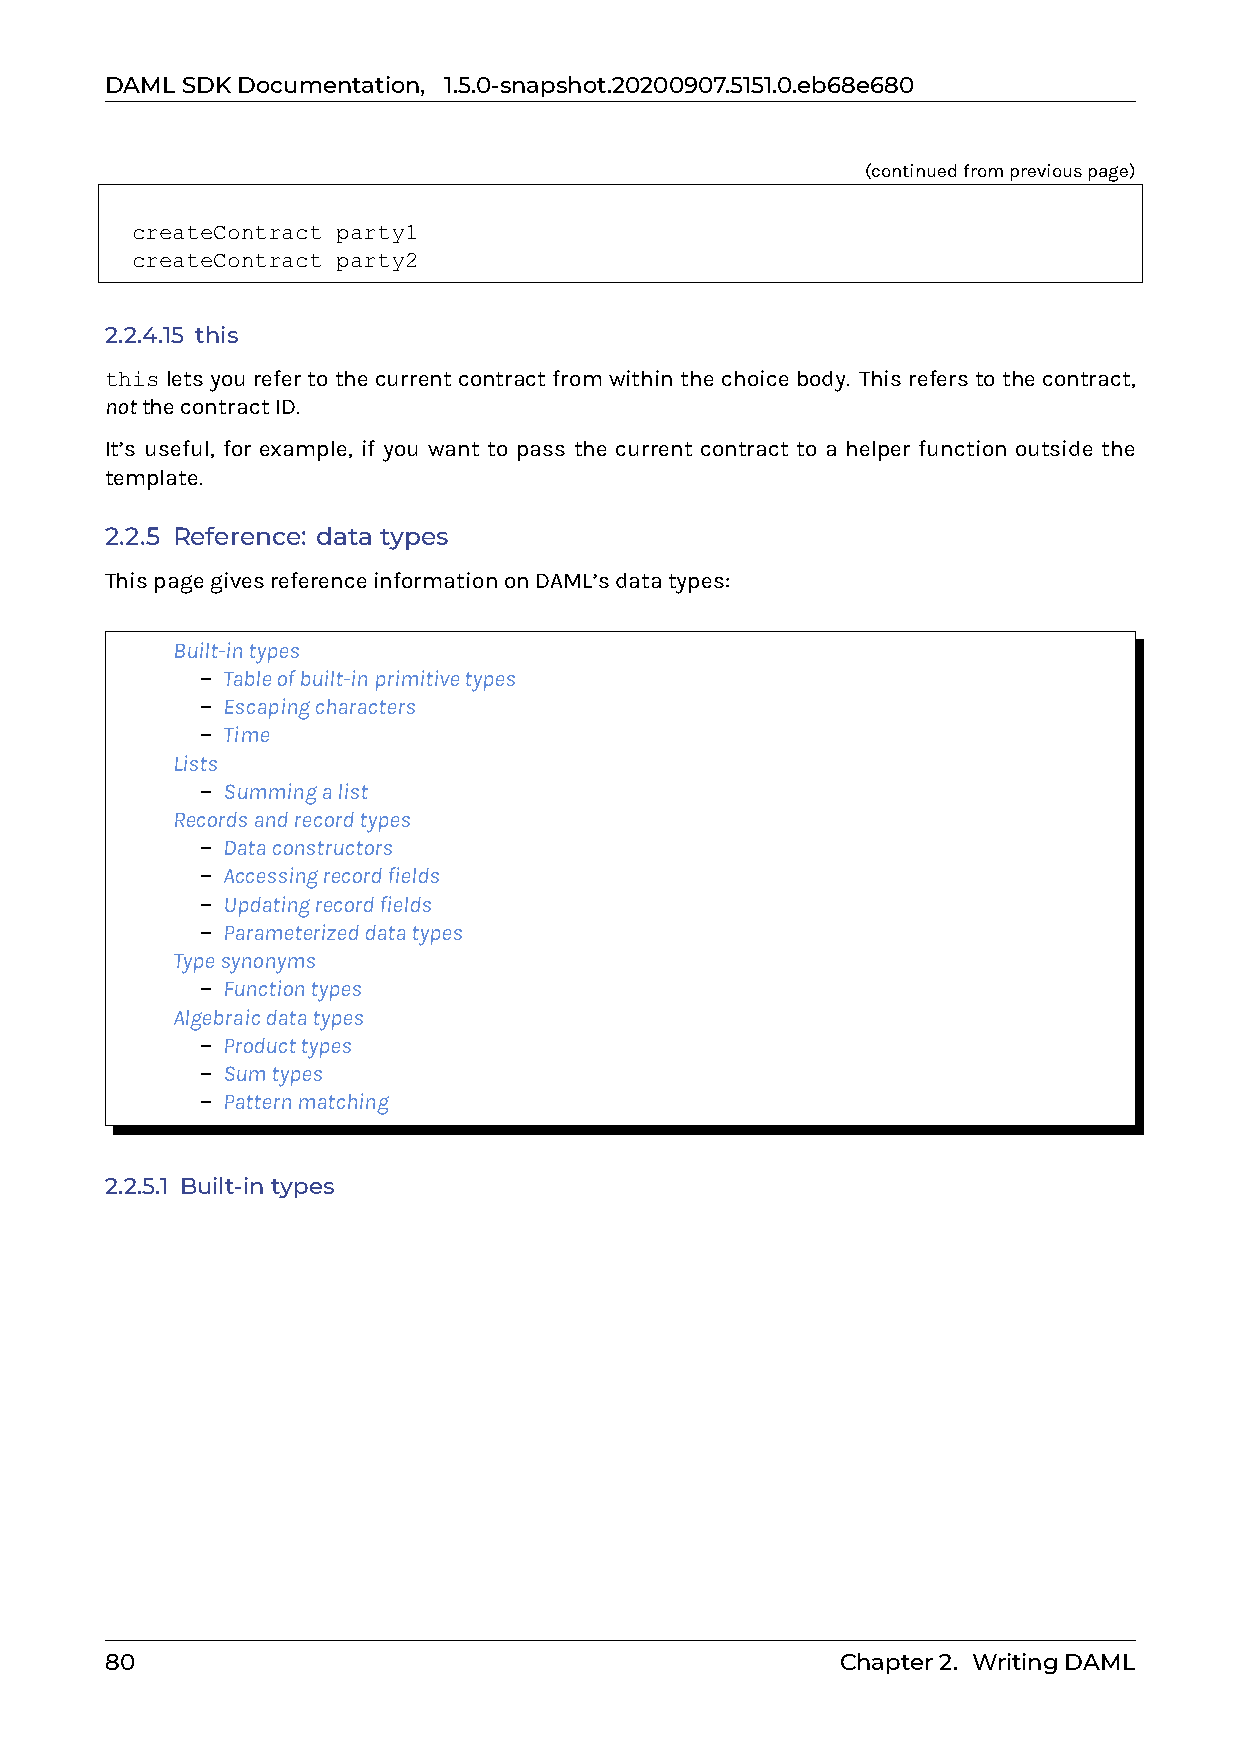
DAMLSDKDocumentation, 1.5.0-snapshot.20200907.5151.0.eb68e680
 (continuedfrompreviouspage)
 createContract party1
 createContract party2
 2.2.4.15 this
 thisletsyourefertothecurrentcontractfromwithinthechoicebody. Thisreferstothecontract,
 notthecontractID.
 It’s useful, for example, if you want to pass the current contract to a helper function outside the
 template.
 2.2.5 Reference: data types
 ThispagegivesreferenceinformationonDAML’sdatatypes:
 0 Built-intypes
 – Tableofbuilt-inprimitivetypes
 – Escapingcharacters
 – Time
 0 Lists
 – Summingalist
 0 Recordsandrecordtypes
 – Dataconstructors
 – Accessingrecordfields
 – Updatingrecordfields
 – Parameterizeddatatypes
 0 Typesynonyms
 – Functiontypes
 0 Algebraicdatatypes
 – Producttypes
 – Sumtypes
 – Patternmatching
 2.2.5.1 Built-intypes
 80                                               Chapter2. WritingDAML